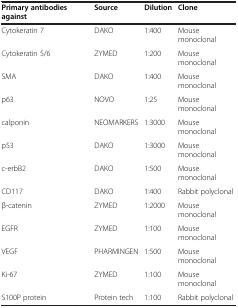
<table><thead><tr><td><b>Primary antibodies against</b></td><td><b>Source</b></td><td><b>Dilution</b></td><td><b>Clone</b></td></tr></thead><tbody><tr><td>Cytokeratin 7</td><td>DAKO</td><td>1:400</td><td>Mouse monoclonal</td></tr><tr><td>Cytokeratin 5/6</td><td>ZYMED</td><td>1:200</td><td>Mouse monoclonal</td></tr><tr><td>SMA</td><td>DAKO</td><td>1:400</td><td>Mouse monoclonal</td></tr><tr><td>p63</td><td>NOVO</td><td>1:25</td><td>Mouse monoclonal</td></tr><tr><td>calponin</td><td>NEOMARKERS</td><td>1:3000</td><td>Mouse monoclonal</td></tr><tr><td>p53</td><td>DAKO</td><td>1:3000</td><td>Mouse monoclonal</td></tr><tr><td>c-erbB2</td><td>DAKO</td><td>1:500</td><td>Mouse monoclonal</td></tr><tr><td>CD117</td><td>DAKO</td><td>1:400</td><td>Rabbit polyclonal</td></tr><tr><td>β-catenin</td><td>ZYMED</td><td>1:2000</td><td>Mouse monoclonal</td></tr><tr><td>EGFR</td><td>ZYMED</td><td>1:100</td><td>Mouse monoclonal</td></tr><tr><td>VEGF</td><td>PHARMINGEN</td><td>1:500</td><td>Mouse monoclonal</td></tr><tr><td>Ki-67</td><td>ZYMED</td><td>1:100</td><td>Mouse monoclonal</td></tr><tr><td>S100P protein</td><td>Protein tech</td><td>1:100</td><td>Rabbit polyclonal</td></tr></tbody></table>